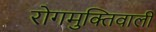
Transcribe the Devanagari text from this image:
रोगमुक्तिवाली